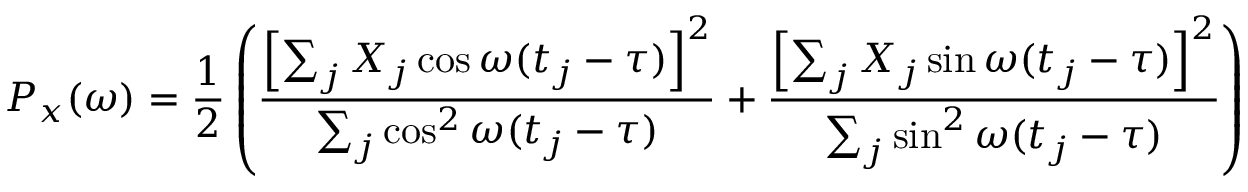
P _ { x } ( \omega ) = { \frac { 1 } { 2 } } \left( { \frac { \left[ \sum _ { j } X _ { j } \cos \omega ( t _ { j } - \tau ) \right] ^ { 2 } } { \sum _ { j } \cos ^ { 2 } \omega ( t _ { j } - \tau ) } } + { \frac { \left[ \sum _ { j } X _ { j } \sin \omega ( t _ { j } - \tau ) \right] ^ { 2 } } { \sum _ { j } \sin ^ { 2 } \omega ( t _ { j } - \tau ) } } \right)